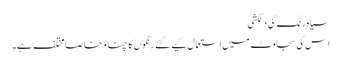
سیاہ رنگ کی دلکشی
اِس کی سجاوٹ میں استعمال کیے گئے رنگوں کا چناؤ خاصا مختلف ہے۔